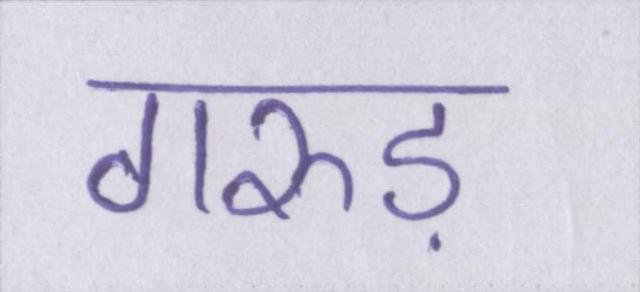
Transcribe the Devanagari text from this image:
गरुड़